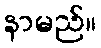
နာမည်။